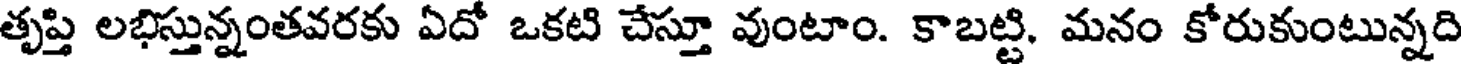
తృప్తి లభిస్తున్నంతవరకు ఏదో ఒకటి చేస్తూ వుంటాం. కాబట్టి. మనం కోరుకుంటున్నది